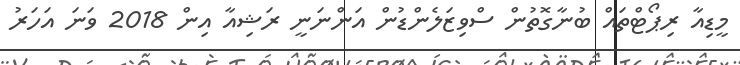
މީޑިއާ ރިޕޯޓްތައް ބުނާގޮތުން ސްވިޒަލެންޑުން އަންނަނީ ރަޝިއާ އިން 2018 ވަނަ އަހަރު